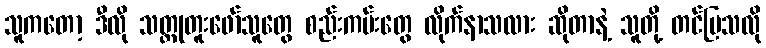
သူကတော့ ဒီလို သတ္တုတူးဖော်သူတွေ စည်းကမ်းတွေ လိုက်နာသလား ဆိုတာနဲ့ သူတို့ တင်ပြသလို